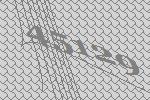
45129